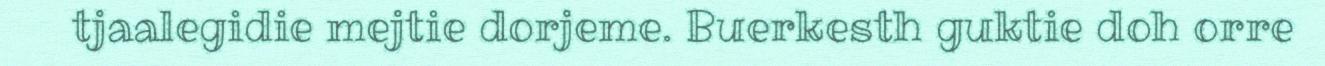
tjaalegidie mejtie dorjeme. Buerkesth guktie doh orre